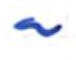
Text: a
Cross-out: clean
Writing tool: ballpoint